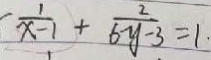
\frac { 1 } { x - 1 } + \frac { 2 } { 6 y - 3 } = 1 .